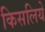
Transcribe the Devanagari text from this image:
किसलिये